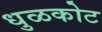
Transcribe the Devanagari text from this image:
धुळकोट